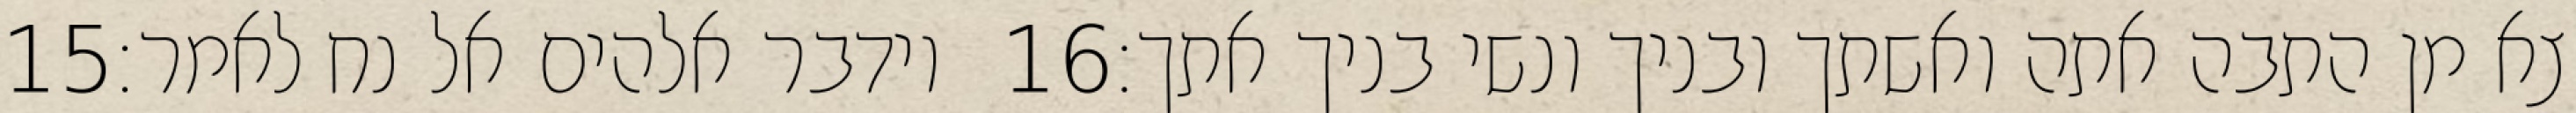
‎15‏ וידבר אלהים אל נח לאמר׃ ‎16‏ צא מן התבה אתה ואשתך ובניך ונשי בניך אתך׃